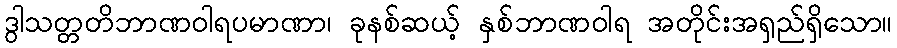
ဒွါသတ္တတိဘာဏဝါရပမာဏာ၊ ခုနစ်ဆယ့် နှစ်ဘာဏဝါရ အတိုင်းအရှည်ရှိသော။